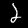
Digit: 2